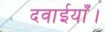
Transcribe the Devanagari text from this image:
दवाईयाँ।